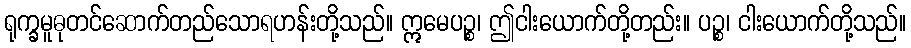
ရုက္ခမူဓုတင်ဆောက်တည်သောရဟန်းတို့သည်။ ဣမေပဉ္စ၊ ဤငါးယောက်တို့တည်း။ ပဉ္စ၊ ငါးယောက်တို့သည်။